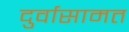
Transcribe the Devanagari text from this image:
दुर्वासामत